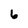
Character: 6